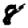
Digit: 8